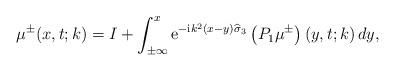
LaTeX: \begin{align*}\mu^{\pm}(x,t;k)=I+\int_{\pm\infty}^{x} \mathrm{e}^{-\mathrm{i} k^2\left(x-y \right) \widehat{ \sigma}_3}\left(P_1 \mu^{\pm}\right)\left(y,t;k\right) dy, \end{align*}